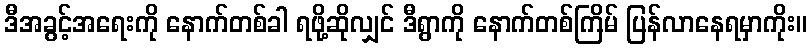
ဒီအခွင့်အရေးကို နောက်တစ်ခါ ရဖို့ဆိုလျှင် ဒီရွာကို နောက်တစ်ကြိမ် ပြန်လာနေရမှာကိုး။